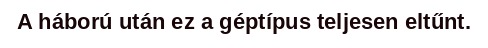
A háború után ez a géptípus teljesen eltűnt.